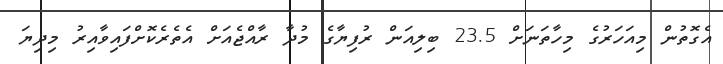
އެގޮތުން މިއަހަރުގެ މިހާތަނަށް 23.5 ބިލިއަން ރުފިޔާގެ މުދާ ރާއްޖެއަށް އެތެރެކޮށްފައިވާއިރު މިދިޔަ